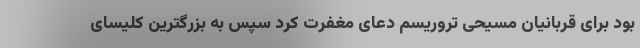
بود برای قربانیان مسیحی تروریسم دعای مغفرت کرد سپس به بزرگترین کلیسای